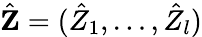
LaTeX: \hat{\mathbf{Z}}=({\hat{Z}}_{1},\dots,{\hat{Z}}_{l})